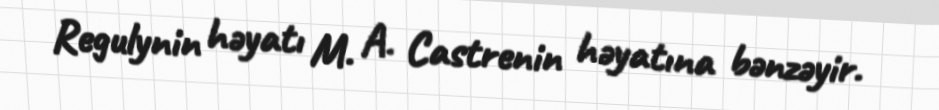
Regulynin həyatı M. A. Castrenin həyatına bənzəyir.